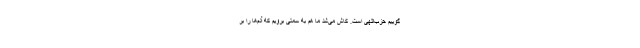
‌گوییم حزب‌اللهی است. کاش می‌شد ما هم به سمتی برویم که آدم‌ها را بر